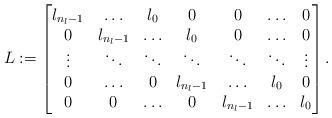
LaTeX: \begin{align*} L:= \begin{bmatrix} l_{n_l-1} & \ldots & l_0 & 0 & 0 & \ldots & 0 \\ 0 & l_{n_l-1} & \ldots & l_0 & 0 & \ldots & 0\\ \vdots & \ddots & \ddots & \ddots & \ddots & \ddots & \vdots \\ 0 & \ldots & 0 & l_{n_l-1} & \ldots & l_0 & 0 \\ 0 & 0 & \ldots & 0 & l_{n_l-1} & \ldots & l_0 \end{bmatrix}.\end{align*}